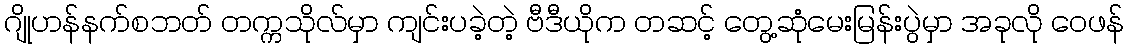
ဂျိုဟန်နက်စဘတ် တက္ကသိုလ်မှာ ကျင်းပခဲ့တဲ့ ဗီဒီယိုက တဆင့် တွေ့ဆုံမေးမြန်းပွဲမှာ အခုလို ဝေဖန်